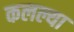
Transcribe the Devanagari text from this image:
कलल्या